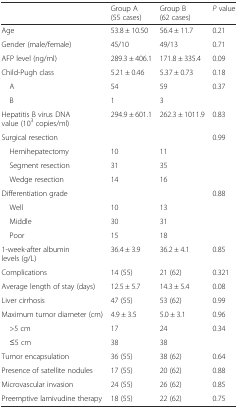
<table><thead><tr><td></td><td><b>Group A (55 cases)</b></td><td><b>Group B (62 cases)</b></td><td><b><i>P</i> value</b></td></tr></thead><tbody><tr><td>Age</td><td>53.8 ± 10.50</td><td>56.4 ± 11.7</td><td>0.21</td></tr><tr><td>Gender (male/female)</td><td>45/10</td><td>49/13</td><td>0.71</td></tr><tr><td>AFP level (ng/ml)</td><td>289.3 ± 406.1</td><td>171.8 ± 335.4</td><td>0.09</td></tr><tr><td>Child-Pugh class</td><td>5.21 ± 0.46</td><td>5.37 ± 0.73</td><td>0.18</td></tr><tr><td> A</td><td>54</td><td>59</td><td>0.37</td></tr><tr><td> B</td><td>1</td><td>3</td><td></td></tr><tr><td>Hepatitis B virus DNA value (10<sup>3</sup> copies/ml)</td><td>294.9 ± 601.1</td><td>262.3 ± 1011.9</td><td>0.83</td></tr><tr><td>Surgical resection</td><td></td><td></td><td>0.99</td></tr><tr><td> Hemihepatectomy</td><td>10</td><td>11</td><td></td></tr><tr><td> Segment resection</td><td>31</td><td>35</td><td></td></tr><tr><td> Wedge resection</td><td>14</td><td>16</td><td></td></tr><tr><td>Differentiation grade</td><td></td><td></td><td>0.88</td></tr><tr><td> Well</td><td>10</td><td>13</td><td></td></tr><tr><td> Middle</td><td>30</td><td>31</td><td></td></tr><tr><td> Poor</td><td>15</td><td>18</td><td></td></tr><tr><td>1-week-after albumin levels (g/L)</td><td>36.4 ± 3.9</td><td>36.2 ± 4.1</td><td>0.85</td></tr><tr><td>Complications</td><td>14 (55)</td><td>21 (62)</td><td>0.321</td></tr><tr><td>Average length of stay (days)</td><td>12.5 ± 5.7</td><td>14.3 ± 5.4</td><td>0.08</td></tr><tr><td>Liver cirrhosis</td><td>47 (55)</td><td>53 (62)</td><td>0.99</td></tr><tr><td>Maximum tumor diameter (cm)</td><td>4.9 ± 3.5</td><td>5.0 ± 3.1</td><td>0.96</td></tr><tr><td> &gt;5 cm</td><td>17</td><td>24</td><td>0.34</td></tr><tr><td> ≤5 cm</td><td>38</td><td>38</td><td></td></tr><tr><td>Tumor encapsulation</td><td>36 (55)</td><td>38 (62)</td><td>0.64</td></tr><tr><td>Presence of satellite nodules</td><td>17 (55)</td><td>20 (62)</td><td>0.88</td></tr><tr><td>Microvascular invasion</td><td>24 (55)</td><td>26 (62)</td><td>0.85</td></tr><tr><td>Preemptive lamivudine therapy</td><td>18 (55)</td><td>22 (62)</td><td>0.75</td></tr></tbody></table>